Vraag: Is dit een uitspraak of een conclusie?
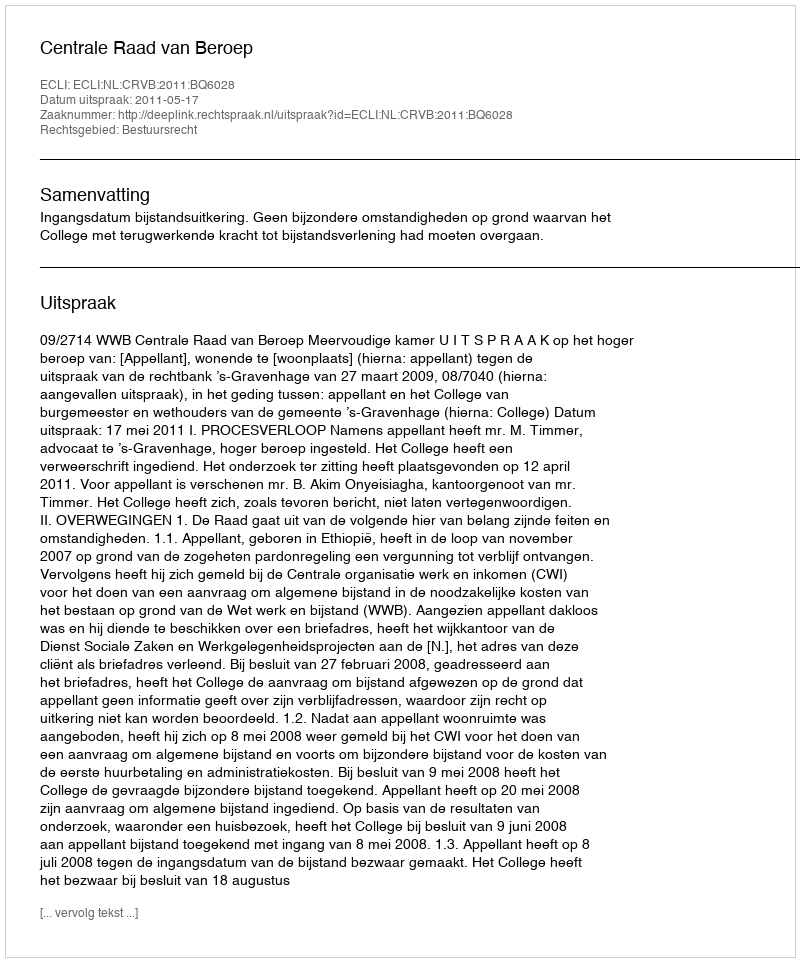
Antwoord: Uitspraak